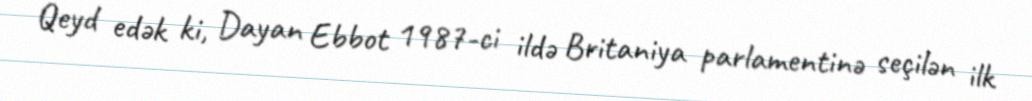
Qeyd edək ki, Dayan Ebbot 1987-ci ildə Britaniya parlamentinə seçilən ilk